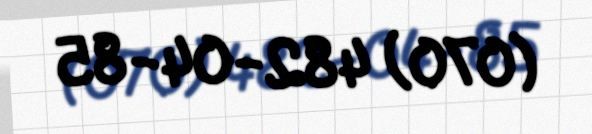
(070) 482-04-85